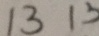
1 3 1 3